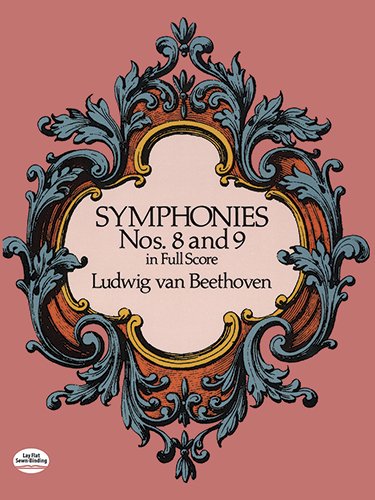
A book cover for Symphonies Nos. 8 and 9 in Full Score (Dover Music Scores); Ludwig van Beethoven; Humor & Entertainment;